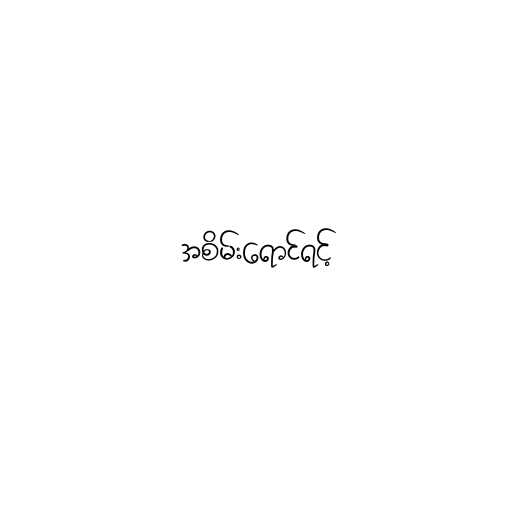
အစိမ်းရောင်ရင့်